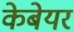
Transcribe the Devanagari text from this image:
केबेयर